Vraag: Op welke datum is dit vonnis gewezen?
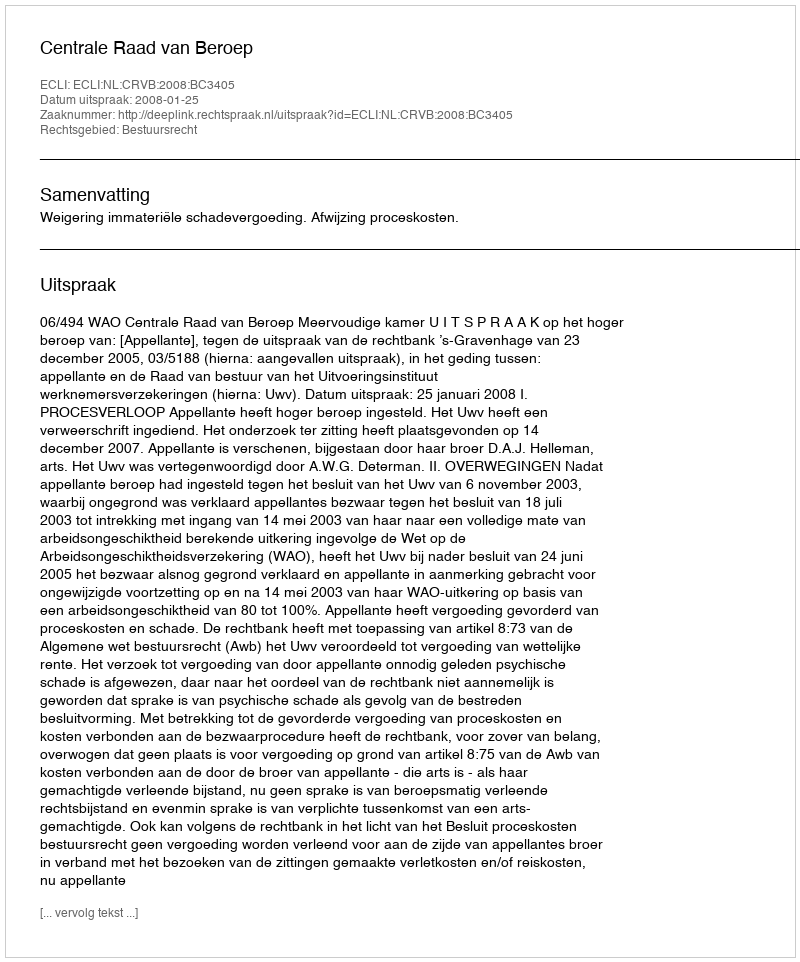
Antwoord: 2008-01-25